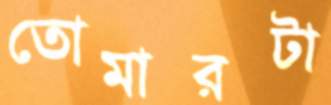
তোমারটা